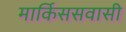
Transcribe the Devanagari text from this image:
मार्किससवासी